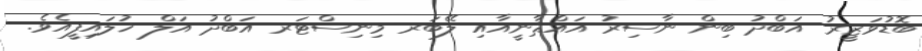
ބޮޑުވަޒީރު އަބްދު ބިން ނާސިރު އައްޘާނީއާއި ލޭބަރ މިނިސްޓަރ އަބްދު އަލް ޚުލައިފީއެވެ.